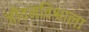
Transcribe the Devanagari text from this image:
जीवनविश्वाला